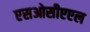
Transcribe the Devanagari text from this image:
एसओसीएएल